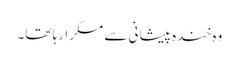
وہ خندہ پیشانی سے مسکرا رہا تھا۔